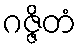
ဂဇ္ဇိတံ